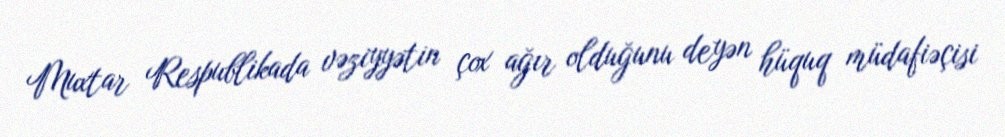
Muxtar Respublikada vəziyyətin çox ağır olduğunu deyən hüquq müdafiəçisi